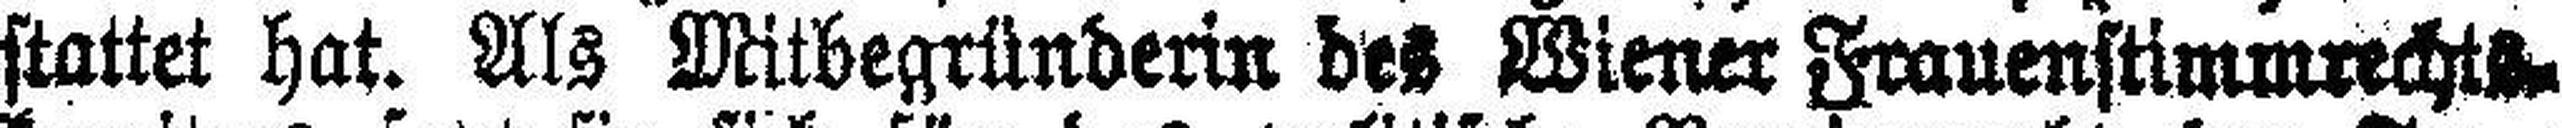
stattet hat. Als Mitbegründerin des Wiener Frauenstimmrechts¬